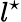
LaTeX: l^{\star}